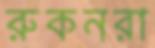
রুকনরা